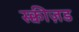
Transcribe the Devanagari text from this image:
स्क्वीज़ड